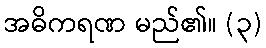
အဓိကရဏ မည်၏။ (၃)